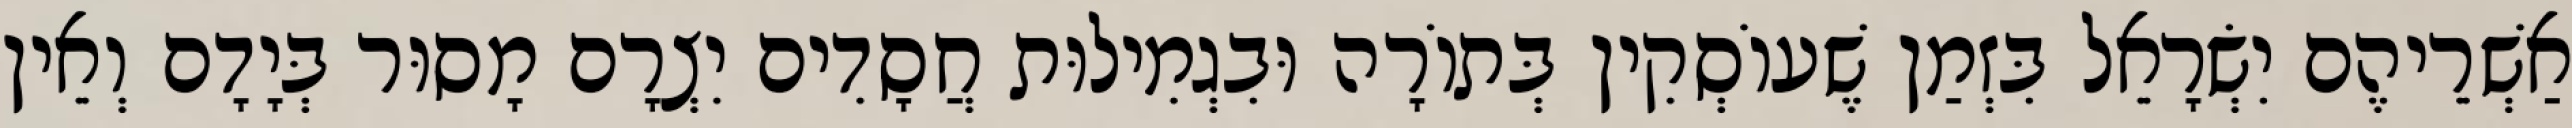
אַשְׁרֵיהֶם יִשְׂרָאֵל בִּזְמַן שֶׁעוֹסְקִין בְּתוֹרָה וּבִגְמִילוּת חֲסָדִים יִצְרָם מָסוּר בְּיָדָם וְאֵין